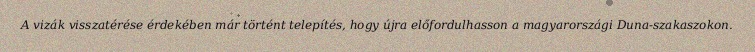
A vizák visszatérése érdekében már történt telepítés, hogy újra előfordulhasson a magyarországi Duna-szakaszokon.